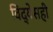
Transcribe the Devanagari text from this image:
विद्येसही